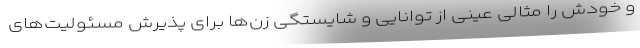
و خودش را مثالی عینی از توانایی و شایستگی زن‌ها برای پذیرش مسئولیت‌های